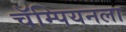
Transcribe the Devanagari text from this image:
चॅम्पियनला